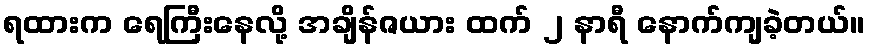
ရထားက ရေကြီးနေလို့ အချိန်ဇယား ထက် ၂ နာရီ နောက်ကျခဲ့တယ်။